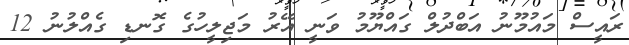
ރައީސް މައުމޫނު އަބްދުލް ގައްޔޫމު ވަނީ އޭރު މަޖިލީހުގެ ގޮނޑި ގެއްލުނު 12